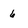
Character: 6